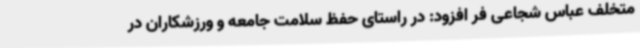
متخلف عباس شجاعی فر افزود: در راستای حفظ سلامت جامعه و ورزشکاران در